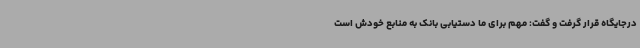
درجایگاه قرار گرفت و گفت: مهم برای ما دستیابی بانک به منابع خودش است